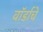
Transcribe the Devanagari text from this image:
वॉर्डाचे